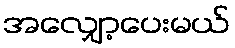
အလျှော့ပေးမယ်